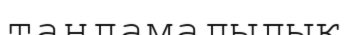
таңдамалылық